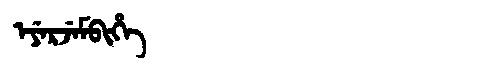
Manchu: ᡝᠶᡝᡵᠵᡝᠮᠪᡳᡥᡝ
Romanization: EYERJEMBIHE